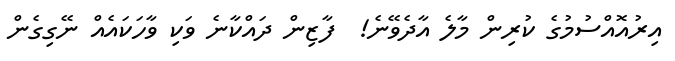
އިރުއޮއްސުމުގެ ކުރިން މާލެ އާދެވޭނެ!  ފާޒިން ދައްކާނެ ވަކި ވާހަކައެއް ނޭގިގެން